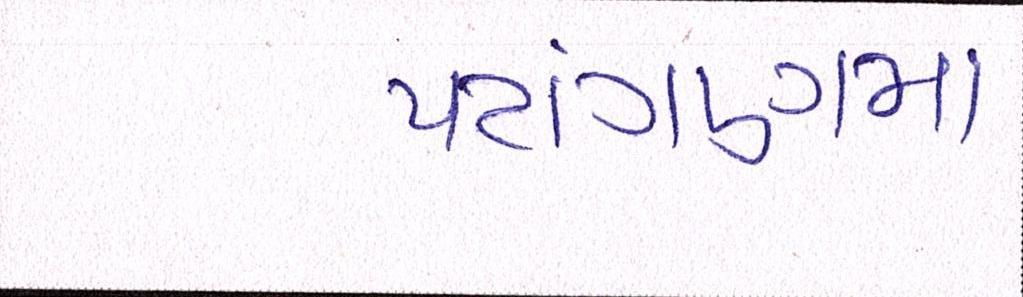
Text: પટાંગણમાં